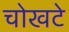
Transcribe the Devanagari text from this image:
चोखटे